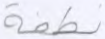
نطفة